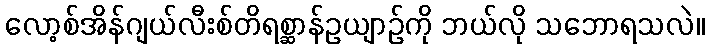
လော့စ်အိန်ဂျယ်လီးစ်တိရစ္ဆာန်ဥယျာဉ်ကို ဘယ်လို သဘောရသလဲ။